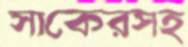
সাকেরসহ